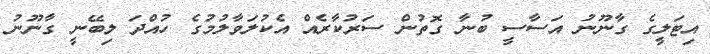
އިޓަލީގެ ގާނޫނު އަސާސީ ބުނާ ގޮތުން ސަރުކާރެއް އެކުލަވާލުމުގެ ހުއްދަ ލިބޭނީ ގާނޫނު